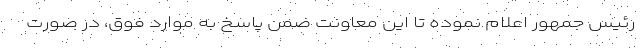
رئیس جمهور اعلام نموده تا این معاونت ضمن پاسخ به موارد فوق، در صورت